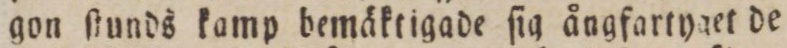
gon ſtunds kamp bemäktigade ſig ångfartyget de